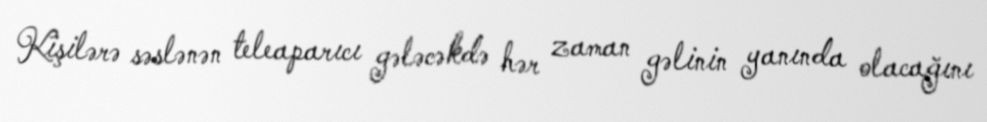
Kişilərə səslənən teleaparıcı gələcəkdə hər zaman gəlinin yanında olacağını